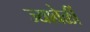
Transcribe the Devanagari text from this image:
ज्यावेळीं